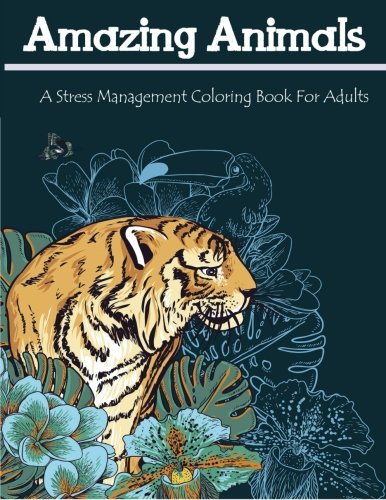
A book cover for Amazing Animals: A Stress Management Coloring Book For Adults (Adult Coloring Books); Adult Coloring Books; Arts & Photography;